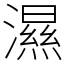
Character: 濕